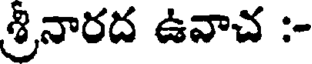
శ్రీనారద ఉవాచ :-